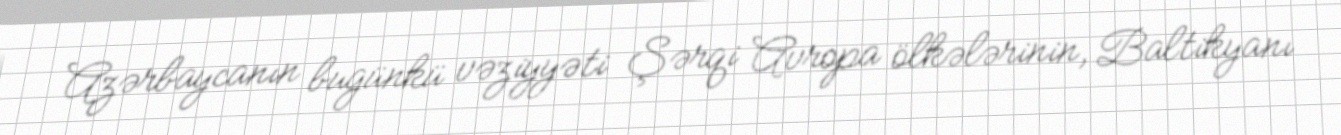
Azərbaycanın bugünkü vəziyyəti Şərqi Avropa ölkələrinin, Baltikyanı